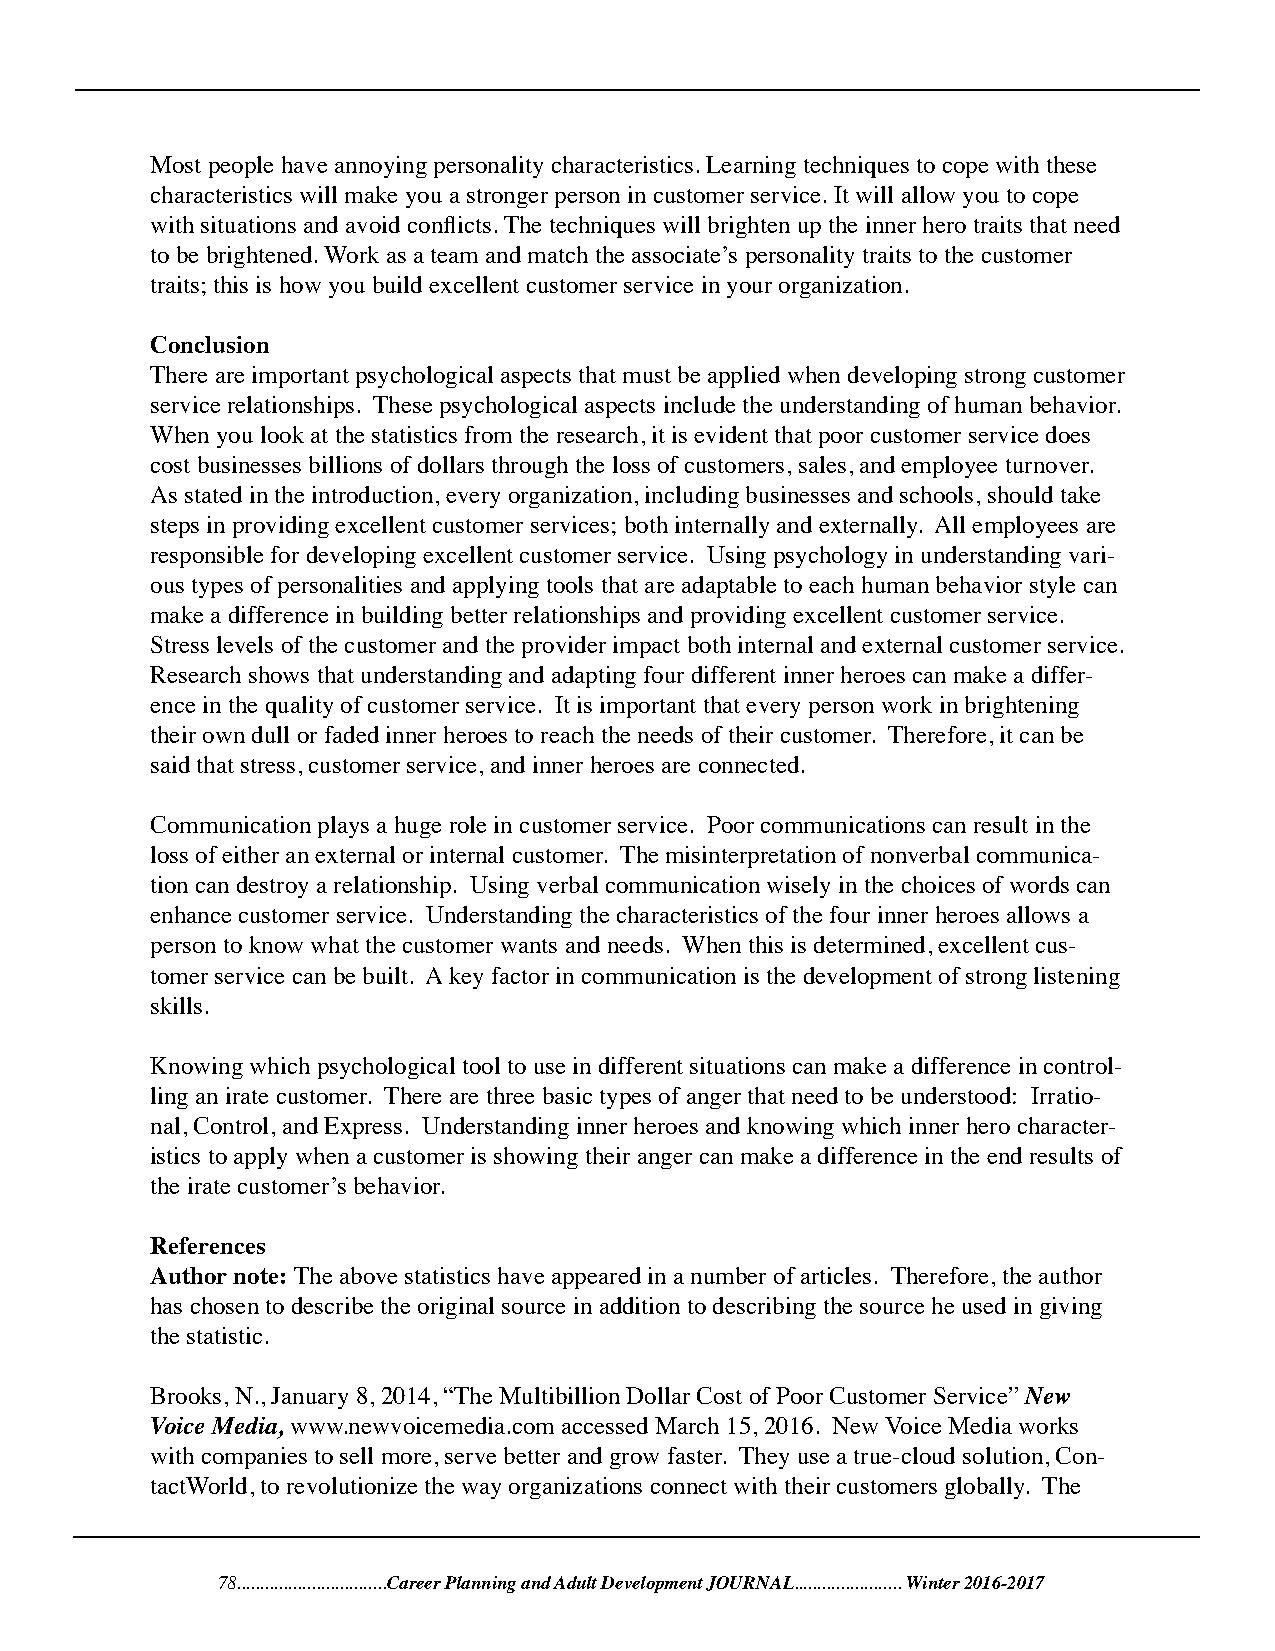
Most people have annoying personality characteristics. Learning techniques to cope with these
 characteristics will make you a stronger person in customer service. It will allow you to cope
 with situations and avoid conflicts. The techniques will brighten up the inner hero traits that need
 to be brightened. Work as a team and match the associate’s personality traits to the customer
 traits; this is how you build excellent customer service in your organization.
 Conclusion
 There are important psychological aspects that must be applied when developing strong customer
 service relationships. These psychological aspects include the understanding of human behavior.
 When you look at the statistics from the research, it is evident that poor customer service does
 cost businesses billions of dollars through the loss of customers, sales, and employee turnover.
 As stated in the introduction, every organization, including businesses and schools, should take
 steps in providing excellent customer services; both internally and externally. All employees are
 responsible for developing excellent customer service. Using psychology in understanding vari-
 ous types of personalities and applying tools that are adaptable to each human behavior style can
 make a difference in building better relationships and providing excellent customer service.
 Stress levels of the customer and the provider impact both internal and external customer service.
 Research shows that understanding and adapting four different inner heroes can make a differ-
 ence in the quality of customer service. It is important that every person work in brightening
 their own dull or faded inner heroes to reach the needs of their customer. Therefore, it can be
 said that stress, customer service, and inner heroes are connected.
 Communication plays a huge role in customer service. Poor communications can result in the
 loss of either an external or internal customer. The misinterpretation of nonverbal communica-
 tion can destroy a relationship. Using verbal communication wisely in the choices of words can
 enhance customer service. Understanding the characteristics of the four inner heroes allows a
 person to know what the customer wants and needs. When this is determined, excellent cus-
 tomer service can be built. A key factor in communication is the development of strong listening
 skills.
 Knowing which psychological tool to use in different situations can make a difference in control-
 ling an irate customer. There are three basic types of anger that need to be understood: Irratio-
 nal, Control, and Express. Understanding inner heroes and knowing which inner hero character-
 istics to apply when a customer is showing their anger can make a difference in the end results of
 the irate customer’s behavior.
 References
 Author note: The above statistics have appeared in a number of articles. Therefore, the author
 has chosen to describe the original source in addition to describing the source he used in giving
 the statistic.
 Brooks, N., January 8, 2014, “The Multibillion Dollar Cost of Poor Customer Service” New
 Voice Media, www.newvoicemedia.com accessed March 15, 2016. New Voice Media works
 with companies to sell more, serve better and grow faster. They use a true-cloud solution, Con-
 tactWorld, to revolutionize the way organizations connect with their customers globally. The
 78................................Career Planning and Adult Development JOURNAL....................... Winter 2016-2017